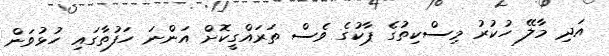
އަދި މާލޭ ހުކުރު މިސްކިތުގެ ޕާކުގެ ވެސް ތަރައްގީކޮށް އަންނަ ހަފުތާގައި ހުޅުވަން